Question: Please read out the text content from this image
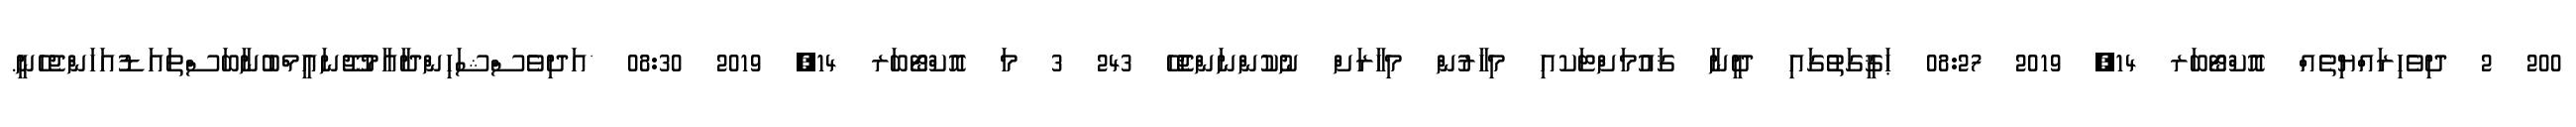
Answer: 200 2 ދިވެހިރައްޔިތެއް އޮކްޓޯބަރ 14, 2019 08:27 ޙަޤީގަތުގައި ދީނާ ޤައުމަށްޓަކއި މިހާރުން މިހާރަށް ނުކުންނަންޖެހޭ 243 3 މަ އޮކްޓޯބަރ 14, 2019 08:30 *އަދިވެސްޝަހިންދާއާމުޖޫނައީމްބުނާބަސްތައަޑުއަހަންޖެހެނީ.